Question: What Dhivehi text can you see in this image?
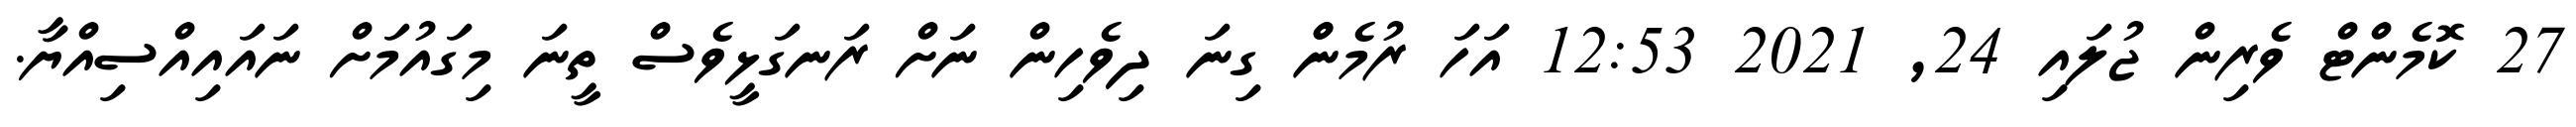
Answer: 27 ކޮމެންޓް ވެރިން ޖުލައި 24, 2021 12:53 އަހަ ރުމެންް ގިނަ ދިވެހިން ނަށް ރަނގަޅީވެސް ތީނަ މިގައުމަށް ނައައިއްސިއްޔާ.